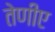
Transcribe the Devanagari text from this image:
तेणीए